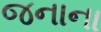
જનાના